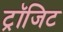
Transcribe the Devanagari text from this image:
ट्रॉजिट